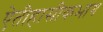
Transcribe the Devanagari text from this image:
ऐतीहासीकभाग